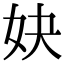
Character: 妜